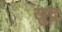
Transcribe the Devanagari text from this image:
खुद्र